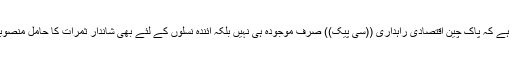
23 اپریل2018ء) وزیر اعظم شاہد خاقان عباسی نے کہا ہے کہ پاک چین اقتصادی راہداری ((سی پیک)) صرف موجودہ ہی نہیں بلکہ آئندہ نسلوں کے لئے بھی شاندار ثمرات کا حامل منصوبہ ہے جس سے پاکستان سمیت وسیع تر خطہ مستفید ہوگا۔